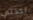
اخذتي